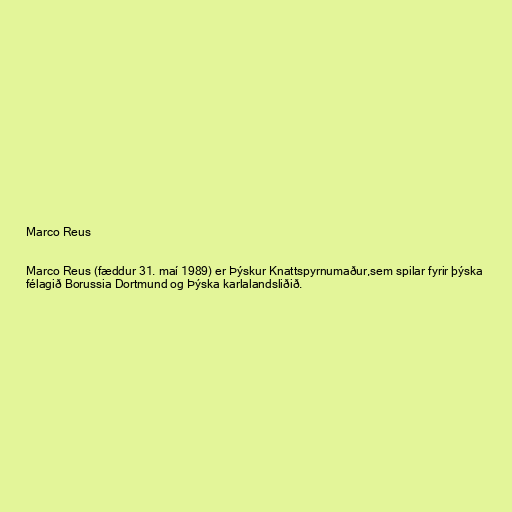
Marco Reus

Marco Reus (fæddur 31. maí 1989) er Þýskur Knattspyrnumaður,sem spilar fyrir þýska
félagið Borussia Dortmund og Þýska karlalandsliðið.